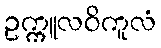
ဥက္ကူလဝိကူလံ